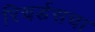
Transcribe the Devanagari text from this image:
रिचर्डसचा